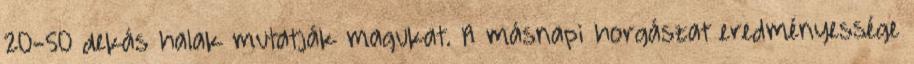
20-50 dekás halak mutatják magukat. A másnapi horgászat eredményessége